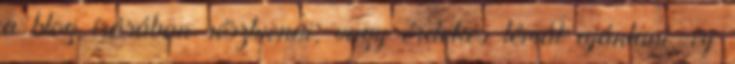
a blog írásában résztvenni, vagy érdekes témát ajánlani, írj